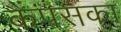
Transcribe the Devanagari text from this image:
कैंपसका